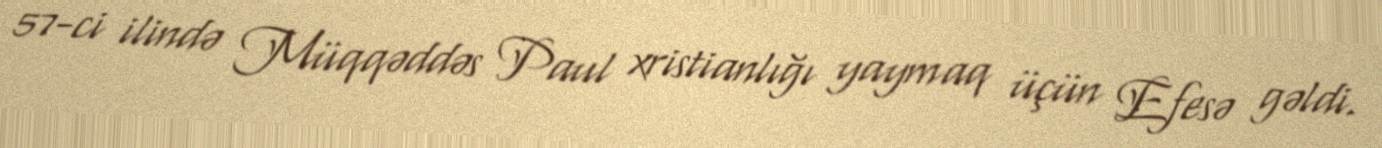
57-ci ilində Müqqəddəs Paul xristianlığı yaymaq üçün Efesə gəldi.